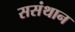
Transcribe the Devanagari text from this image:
ससंथान